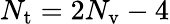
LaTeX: N_{\mathrm{t}}=2N_{\mathrm{v}}-4